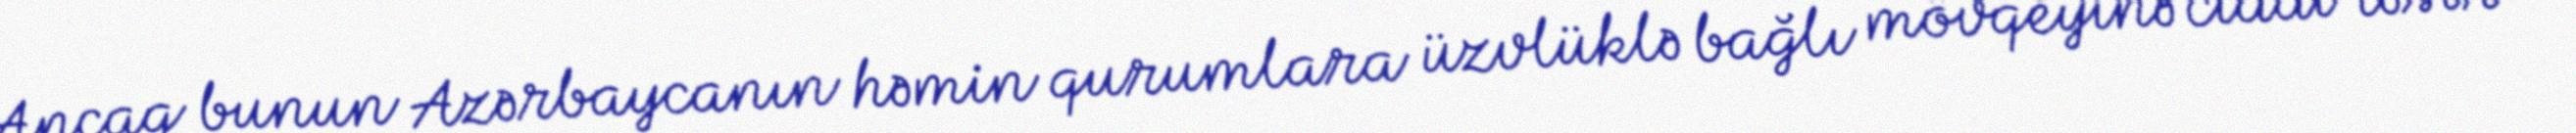
Ancaq bunun Azərbaycanın həmin qurumlara üzvlüklə bağlı mövqeyinə ciddi təsir